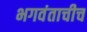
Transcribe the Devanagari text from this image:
भगवंताचीच